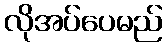
လိုအပ်ပေမည်